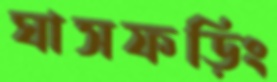
ঘাসফড়িং